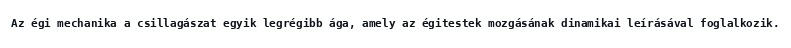
Az égi mechanika a csillagászat egyik legrégibb ága, amely az égitestek mozgásának dinamikai leírásával foglalkozik.